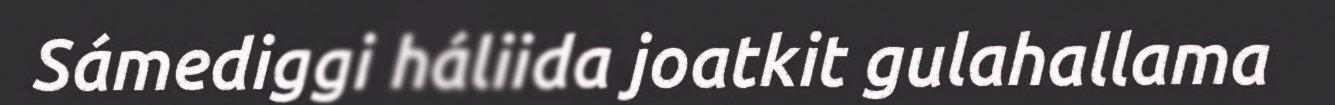
Sámediggi háliida joatkit gulahallama